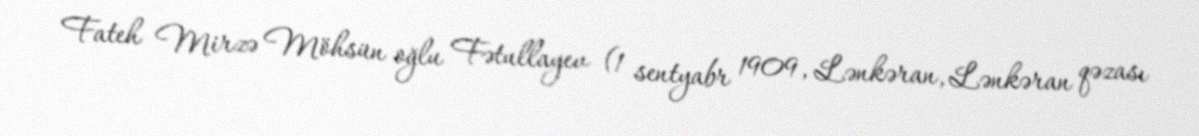
Fateh Mirzə Möhsün oğlu Fətullayev (1 sentyabr 1909, Lənkəran, Lənkəran qəzası